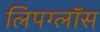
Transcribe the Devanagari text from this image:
लिपग्लॉस